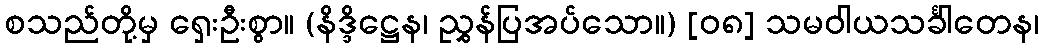
စသည်တို့မှ ရှေးဦးစွာ။ (နိဒ္ဒိဋ္ဌေန၊ ညွှန်ပြအပ်သော။) [၀၈] သမဝါယသင်္ခါတေန၊